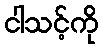
ငါသင့်ကို